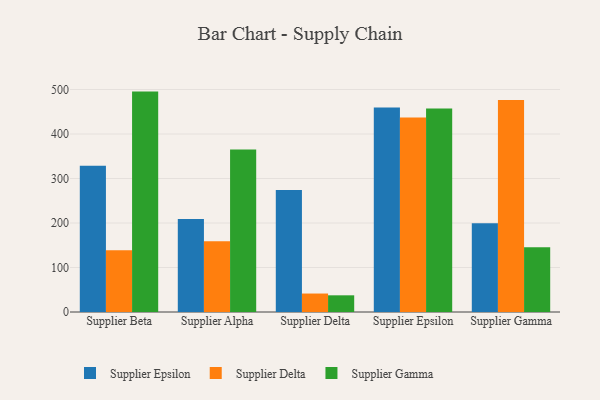
{"axis": {"x": "Supplier", "y": "Gross Profit (USD K)"}, "legend": ["Supplier Delta", "Supplier Epsilon", "Supplier Gamma"], "data": [{"x": "Supplier Beta", "y": 328.9, "type": "Supplier Epsilon"}, {"x": "Supplier Beta", "y": 138.6, "type": "Supplier Delta"}, {"x": "Supplier Beta", "y": 495.3, "type": "Supplier Gamma"}, {"x": "Supplier Alpha", "y": 209.0, "type": "Supplier Epsilon"}, {"x": "Supplier Alpha", "y": 158.9, "type": "Supplier Delta"}, {"x": "Supplier Alpha", "y": 365.4, "type": "Supplier Gamma"}, {"x": "Supplier Delta", "y": 274.0, "type": "Supplier Epsilon"}, {"x": "Supplier Delta", "y": 41.5, "type": "Supplier Delta"}, {"x": "Supplier Delta", "y": 37.5, "type": "Supplier Gamma"}, {"x": "Supplier Epsilon", "y": 459.7, "type": "Supplier Epsilon"}, {"x": "Supplier Epsilon", "y": 437.1, "type": "Supplier Delta"}, {"x": "Supplier Epsilon", "y": 457.6, "type": "Supplier Gamma"}, {"x": "Supplier Gamma", "y": 199.6, "type": "Supplier Epsilon"}, {"x": "Supplier Gamma", "y": 476.6, "type": "Supplier Delta"}, {"x": "Supplier Gamma", "y": 145.5, "type": "Supplier Gamma"}]}